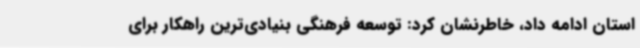
استان ادامه داد، خاطرنشان کرد: توسعه فرهنگی بنیادی‌ترین راهکار برای